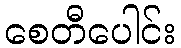
စေတီပေါင်း